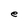
Character: e